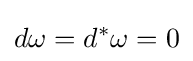
d\omega =d^{*}\omega =0